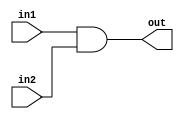
module bit4AND (out,in1,in2);
  input [3:0] in1,in2;
  output [3:0] out;
  assign {out}=in1 &in2;
endmodule